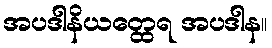
အပဒါနိယတ္ထေရ အပဒါန။